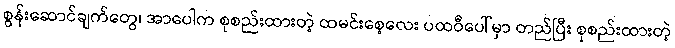
စွန်းဆောင်ချက်တွေ၊ အာပေါက စုစည်းထားတဲ့ ထမင်းစေ့လေး ပထဝီပေါ်မှာ တည်ပြီး စုစည်းထားတဲ့